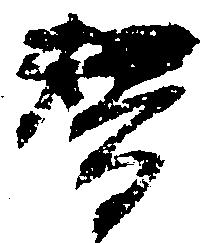
替